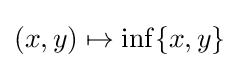
(x,y)\mapsto \inf _{}\{x,y\}